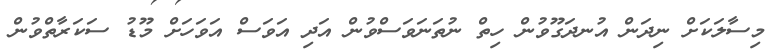
މިސާލަކަށް ނިދަން އުނދަގޫވުން ހިތް ނުތަނަވަސްވުން އަދި އަވަސް އަވަހަށް މޫޑު ސަކަރާތްވުން